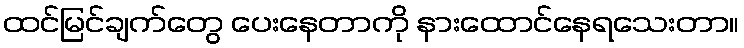
ထင်မြင်ချက်တွေ ပေးနေတာကို နားထောင်နေရသေးတာ။